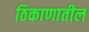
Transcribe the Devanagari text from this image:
ठिकाणातील